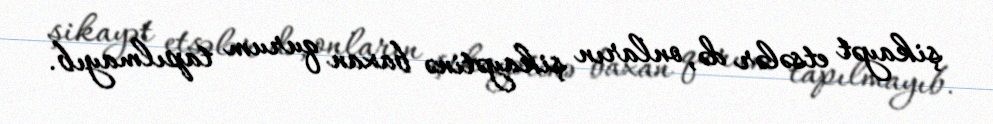
şikayət etsələr də, onların şikayətinə baxan qurum tapılmayıb.